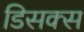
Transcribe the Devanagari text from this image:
डिसक्स